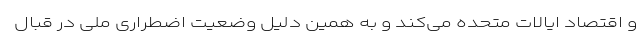
و اقتصاد ایالات متحده می‌کند و به همین دلیل وضعیت اضطراری ملی در قبال